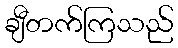
ချီတက်ကြသည်